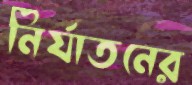
নির্যাতনের